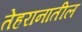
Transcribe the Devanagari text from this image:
तेहरानातील